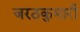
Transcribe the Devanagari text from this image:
जरठकुमारी